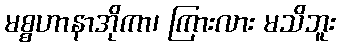
မစ္စဟာနာအိုကာ၊ ကြားလား မသိဘူး